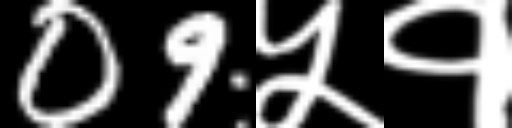
Text: 09५१